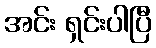
အင်း ရှင်းပါပြီ